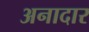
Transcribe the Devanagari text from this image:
अनादार